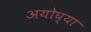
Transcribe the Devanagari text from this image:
अयोघ्या